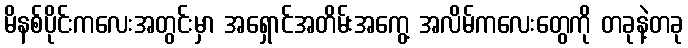
မိနစ်ပိုင်းကလေးအတွင်းမှာ အရှောင်အတိမ်းအကွေ့ အလိမ်ကလေးတွေကို တခုနဲ့တခု